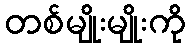
တစ်မျိုးမျိုးကို